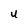
Character: U